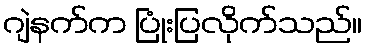
ဂျဲနက်က ပြုံးပြလိုက်သည်။